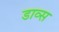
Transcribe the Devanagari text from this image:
डाव्स